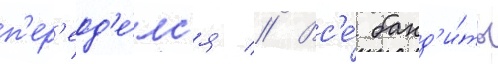
п'ер'еод'е́лс'я // Вс'е́ банд'и́ты